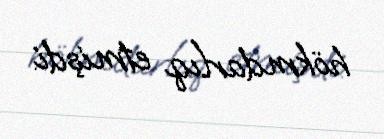
hökmdarlıq etmişdi.